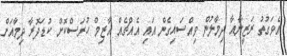
އެވަގުތު ރަޒީނާއާ ދިމާލުން ވިއްސައިގެން އައި އެއްޗެއް އާޒިމް ހުރަސްކޮށް ކުޑަދޮރާ ދިމާއަށް